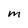
Character: M